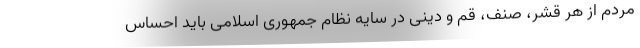
مردم از هر قشر، صنف، قم و دینی در سایه نظام جمهوری اسلامی باید احساس